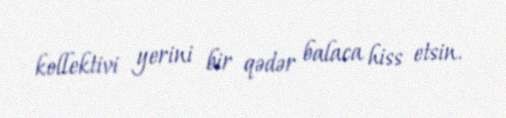
kollektivi yerini bir qədər balaca hiss etsin.